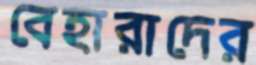
বেহারাদের